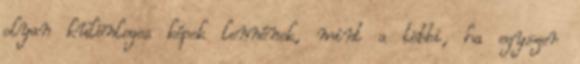
olyan különleges képek lennének, mint a többi, ha egyszer